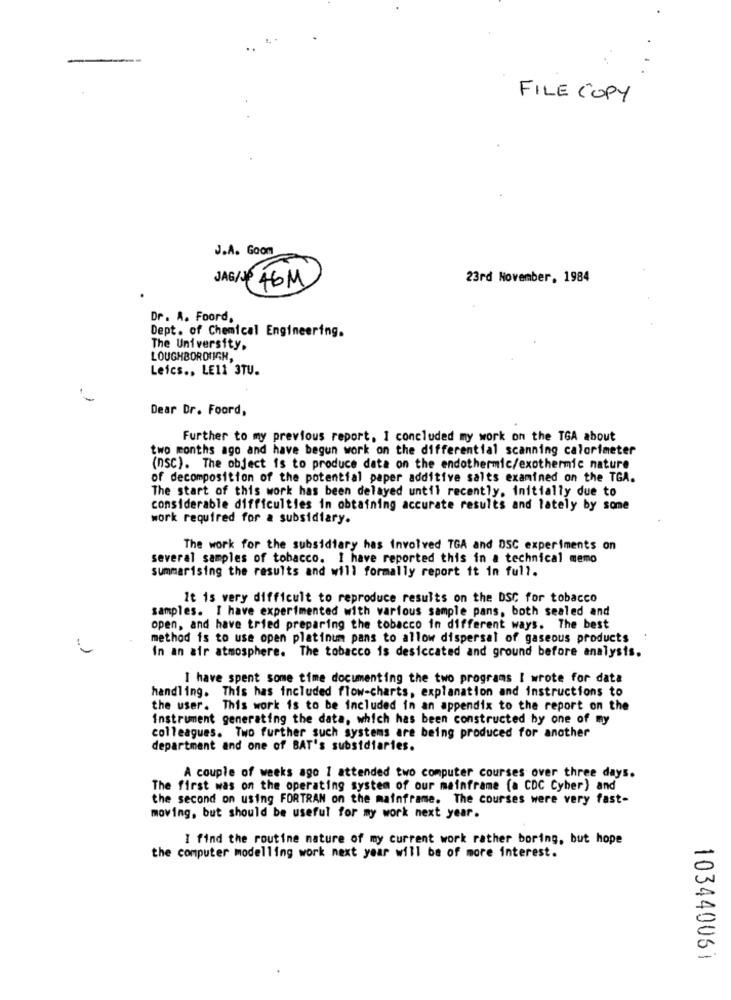
-
FILE COPY
J.A. Goom
23rd November, 1984
JAG/J 46M
Dr. A. Foord,
Dept. of Chemical Engineering.
The University.
LOUGHBOROUGH,
Leics ., LE11 3TU.
Dear Dr. Foord,
Further to my previous report, I concluded my work on the TGA about
two months ago and have begun work on the differential scanning calorimeter
(DSC). The object is to produce data on the endothermic/exothermic nature
of decomposition of the potential paper additive salts examined on the TGA.
The start of this work has been delayed until recently, initially due to
considerable difficulties in obtaining accurate results and lately by some
work required for a subsidiary.
The work for the subsidiary has Involved TGA and DSC experiments on
several samples of tobacco. I have reported this in a technical memo
summarising the results and will formally report it in full.
It is very difficult to reproduce results on the DSC for tobacco
samples. I have experimented with various sample pans, both sealed and
open, and have tried preparing the tobacco in different ways. The best
method is to use open platinum pans to allow dispersal of gaseous products
In an air atmosphere. The tobacco is desiccated and ground before analysis.
I have spent some time documenting the two programs I wrote for data
handling. This has included flow-charts, explanation and instructions to
the user. This work is to be included in an appendix to the report on the
Instrument generating the data, which has been constructed by one of my
colleagues. Two further such systems are being produced for another
department and one of BAT's subsidiaries.
A couple of weeks ago 1 attended two computer courses over three days.
The first was on the operating system of our mainframe (a CDC Cyber) and
the second on using FORTRAN on the mainframe. The courses were very fast-
moving, but should be useful for my work next year.
I find the routine nature of my current work rather boring, but hope
the computer modelling work next year will be of more interest.
103440061